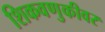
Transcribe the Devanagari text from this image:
शिकवणुकीवर